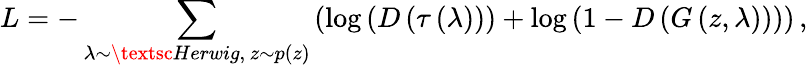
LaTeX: L=-\sum_{\lambda\sim\textsc{Herwig},\, z\sim p\left(z\right)}\left(\log\left(D\left(\tau\left(\lambda\right)\right)\right)+\log\left(1-D\left(G\left(z,\lambda\right)\right)\right)\right)\, ,